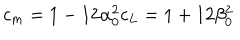
LaTeX: c _ { m } = 1 - 1 2 \alpha _ { 0 } ^ { 2 } c _ { L } = 1 + 1 2 \beta _ { 0 } ^ { 2 }